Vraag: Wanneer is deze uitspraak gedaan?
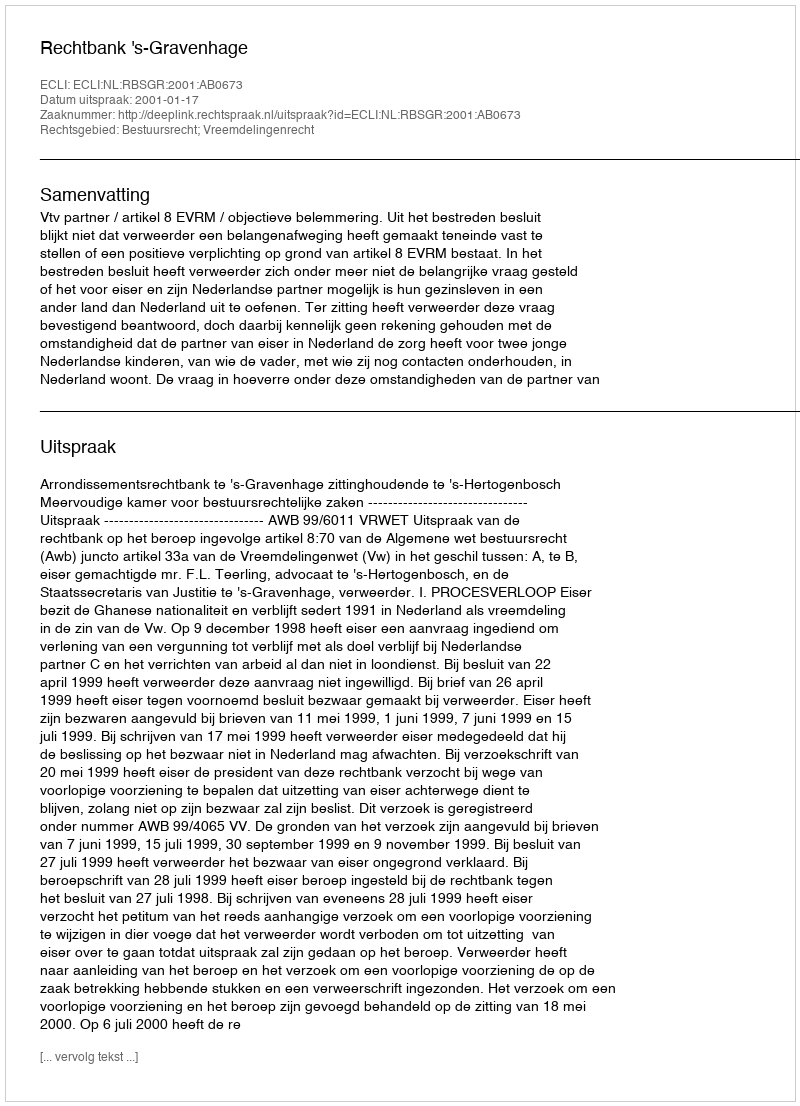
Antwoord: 2001-01-17